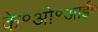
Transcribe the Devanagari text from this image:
के॰ओ॰आई॰